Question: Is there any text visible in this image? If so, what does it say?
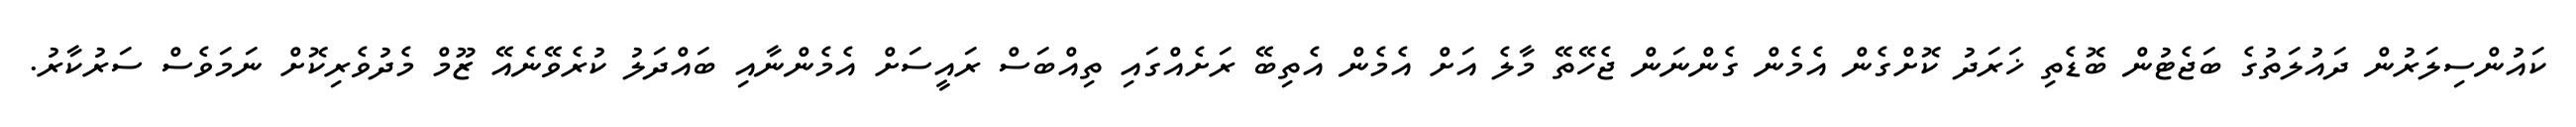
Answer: ކައުންސިލަރުން ދައުލަތުގެ ބަޖެޓުން ބޮޑެތި ޚަރަދު ކޮށްގެން އެމެން ގެންނަން ޖެހޭތޭ މާލެ އަށް އެމެން އެތިބޭ ރަށެއްގައި ތިއްބަސް ރައީސަށް އެމެންނާއި ބައްދަލު ކުރެވޭނެއޭ ޒޫމް މެދުވެރިކޮށް ނަމަވެސް ސަރުކާރު.